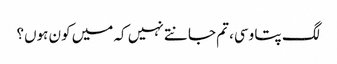
لگ پتا وسی، تم جانتے نہیں کہ میں کون ہوں؟